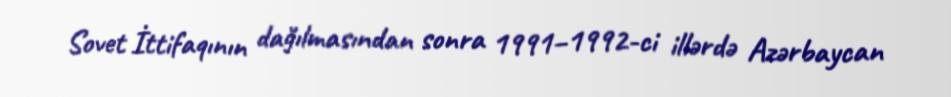
Sovet İttifaqının dağılmasından sonra 1991–1992-ci illərdə Azərbaycan